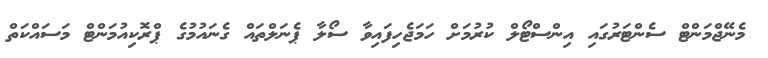
މެނޭޖްމަންޓް ސެންޓަރުގައި އިންސްޓޯލް ކުރުމަށް ހަމަޖެހިފައިވާ ސޯލާ ޕެނަލްތައް ގެނައުމުގެ ޕްރޮކިއުމަންޓް މަސައްކަތް